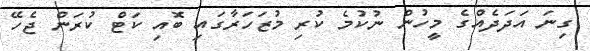
ގިނަ އަދަދެއްގެ މީހުން ނުކުމެ ކުރި މުޒަހަރާގައި ބޮއި ކަޓް ކުރަން ޖެހޭ